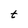
Character: t